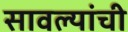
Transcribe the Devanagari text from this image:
सावल्यांची